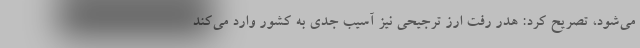
می‌شود، تصریح کرد: هدر رفت ارز ترجیحی نیز آسیب جدی به کشور وارد می‌کند